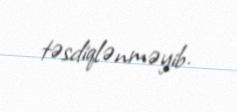
təsdiqlənməyib.